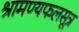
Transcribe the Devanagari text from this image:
श्रामण्यफलसूत्र